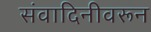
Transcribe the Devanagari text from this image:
संवादिनीवरून